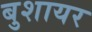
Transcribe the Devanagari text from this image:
बुशायर